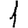
Digit: 1